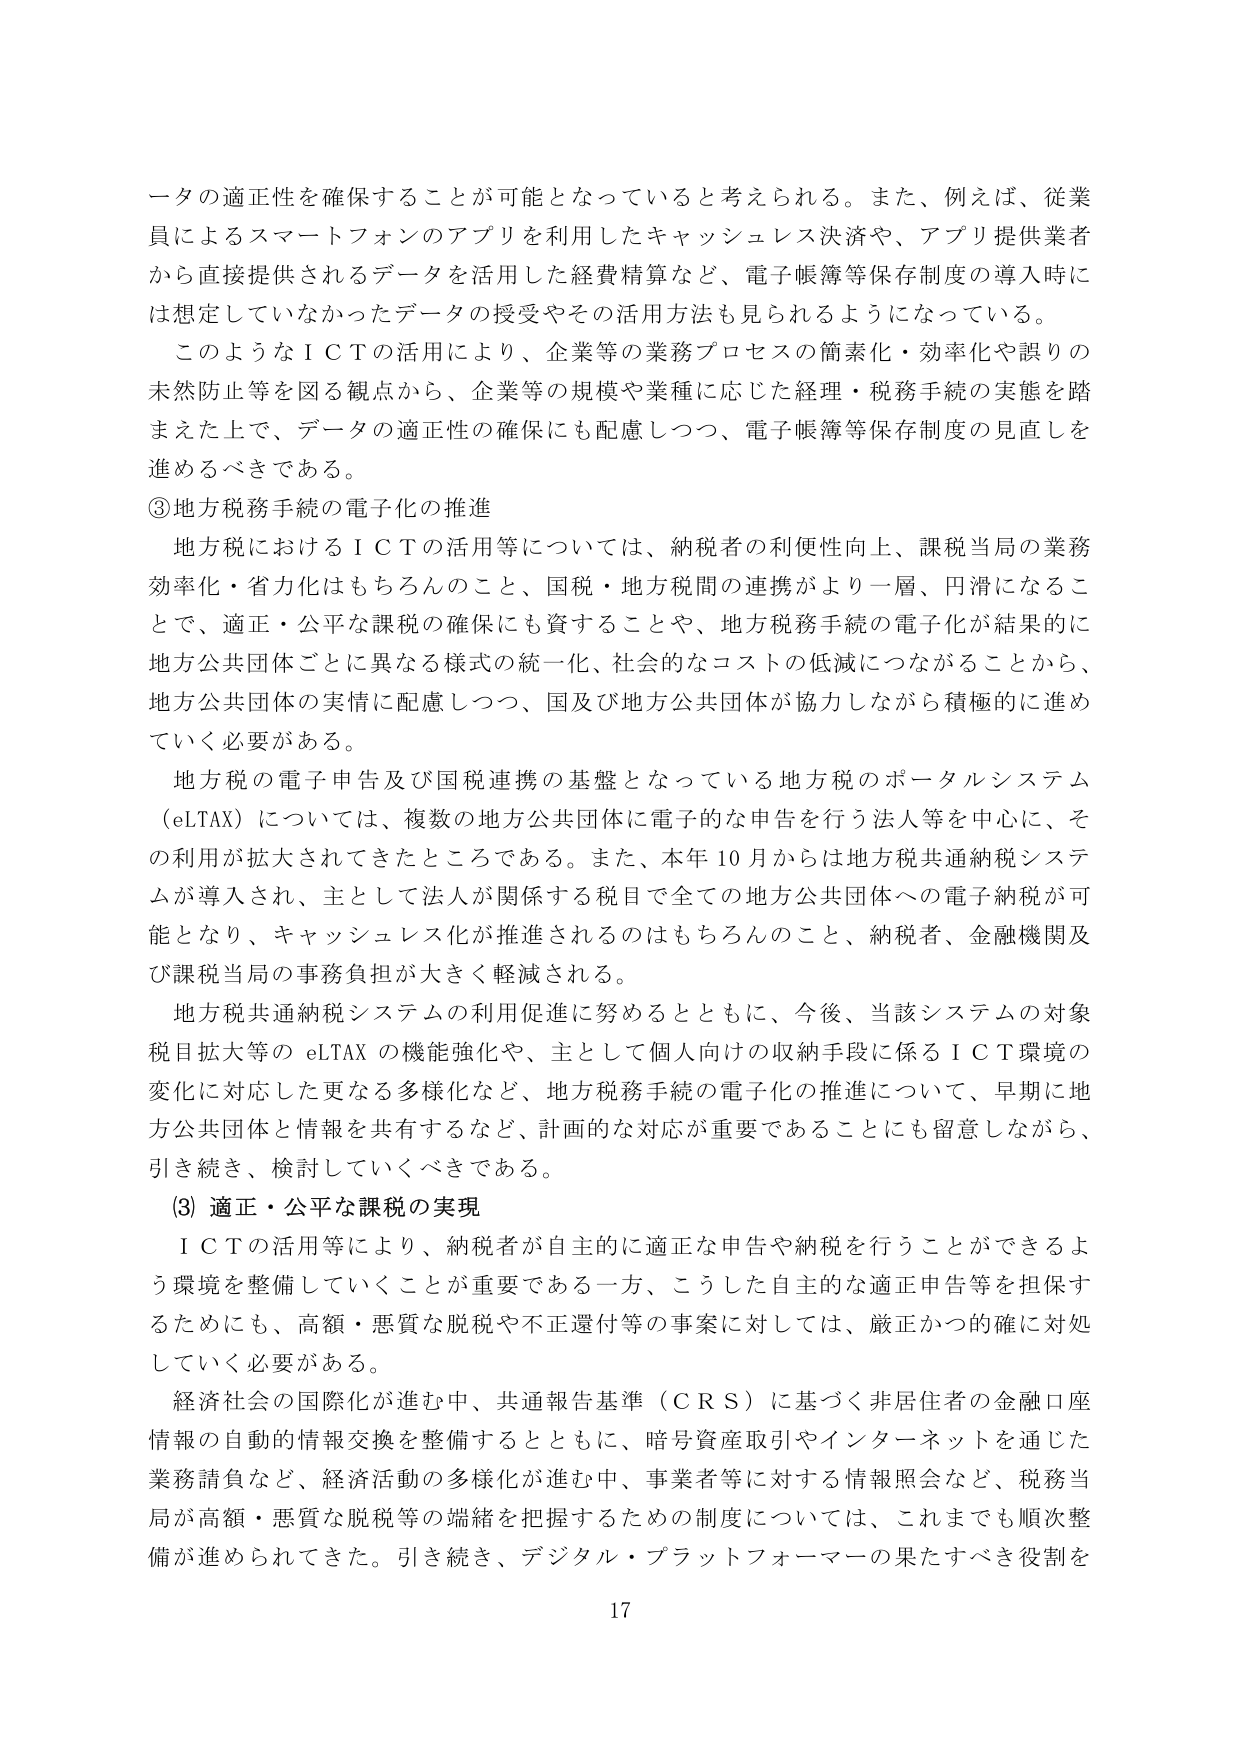
ータの適正性を確保することが可能となっていると考えられる。また、例えば、従業員によるスマートフォンのアプリを利用したキャッシュレス決済や、アプリ提供業者から直接提供されるデータを活用した経費精算など、電子帳簿等保存制度の導入時には想定していなかったデータの授受やその活用方法も見られるようになっている。

このようなＩＣＴの活用により、企業等の業務プロセスの簡素化・効率化や誤りの未然防止等を図る観点から、企業等の規模や業種に応じた経理・税務手続の実態を踏まえた上で、データの適正性の確保にも配慮しつつ、電子帳簿等保存制度の見直しを進めるべきである。

③地方税務手続の電子化の推進

地方税におけるＩＣＴの活用等については、納税者の利便性向上、課税当局の業務効率化・省力化はもちろんのこと、国税・地方税間の連携がより一層、円滑になることで、適正・公平な課税の確保にも資することや、地方税務手続の電子化が結果的に地方公共団体ごとに異なる様式の統一化、社会的なコストの低減につながることから、地方公共団体の実情に配慮しつつ、国及び地方公共団体が協力しながら積極的に進めていく必要がある。

地方税の電子申告及び国税連携の基盤となっている地方税のポータルシステム（eLTAX）については、複数の地方公共団体に電子的な申告を行う法人等を中心に、その利用が拡大されてきたところである。また、本年10月からは地方税共通納税システムが導入され、主として法人が関係する税目で全ての地方公共団体への電子納税が可能となり、キャッシュレス化が推進されるのはもちろんのこと、納税者、金融機関及び課税当局の事務負担が大きく軽減される。

地方税共通納税システムの利用促進に努めるとともに、今後、当該システムの対象税目拡大等のeLTAXの機能強化や、主として個人向けの収納手段に係るＩＣＴ環境の変化に対応した更なる多様化など、地方税務手続の電子化の推進について、早期に地方公共団体と情報を共有するなど、計画的な対応が重要であることに留意しながら、引き続き、検討していくべきである。

(3) 適正・公平な課税の実現

ＩＣＴの活用等により、納税者が自主的に適正な申告や納税を行うことができるよう環境を整備していくことが重要である一方、こうした自主的な適正申告等を担保するためにも、高額・悪質な脱税や不正還付等の事案に対しては、厳正かつ確に対処していく必要がある。

経済社会の国際化が進む中、共通報告基準（ＣＲＳ）に基づく非居住者の金融口座情報の自動的情報交換を整備するとともに、暗号資産取引やインターネットを通じた業務請負など、経済活動の多様化が進む中、事業者等に対する情報照会など、税務当局が高額・悪質な脱税等の端緒を把握するための制度については、これまでも順次整備が進められてきた。引き続き、デジタル・プラットフォーマーの果たすべき役割を

17